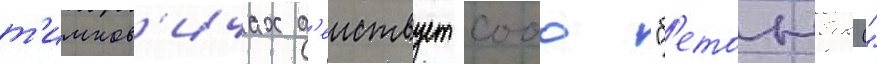
т'имков'ичах д'еиствует сооо "б'етонбокс"